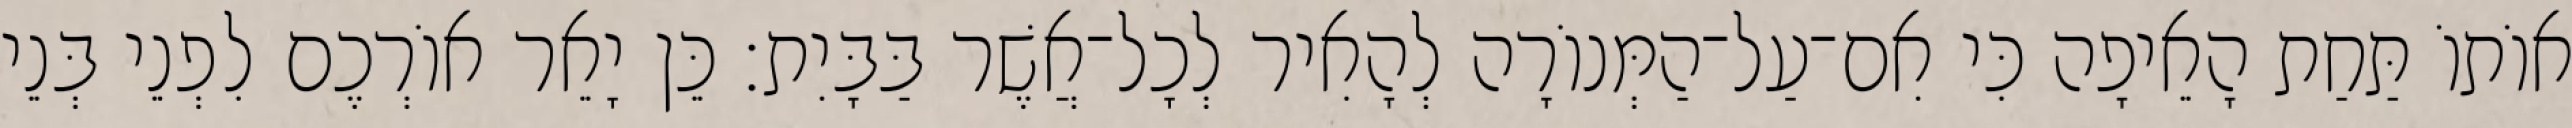
אוֹתוֹ תַּחַת הָאֵיפָה כִּי אִם־עַל־הַמְּנוֹרָה לְהָאִיר לְכָל־אֲשֶׁר בַּבָּיִת׃ כֵּן יָאֵר אוֹרְכֶם לִפְנֵי בְּנֵי